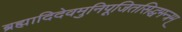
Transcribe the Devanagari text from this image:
ब्रह्मादिदेवमुनिपूजितसिद्धमन्त्रम्